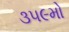
૩૫૯મો